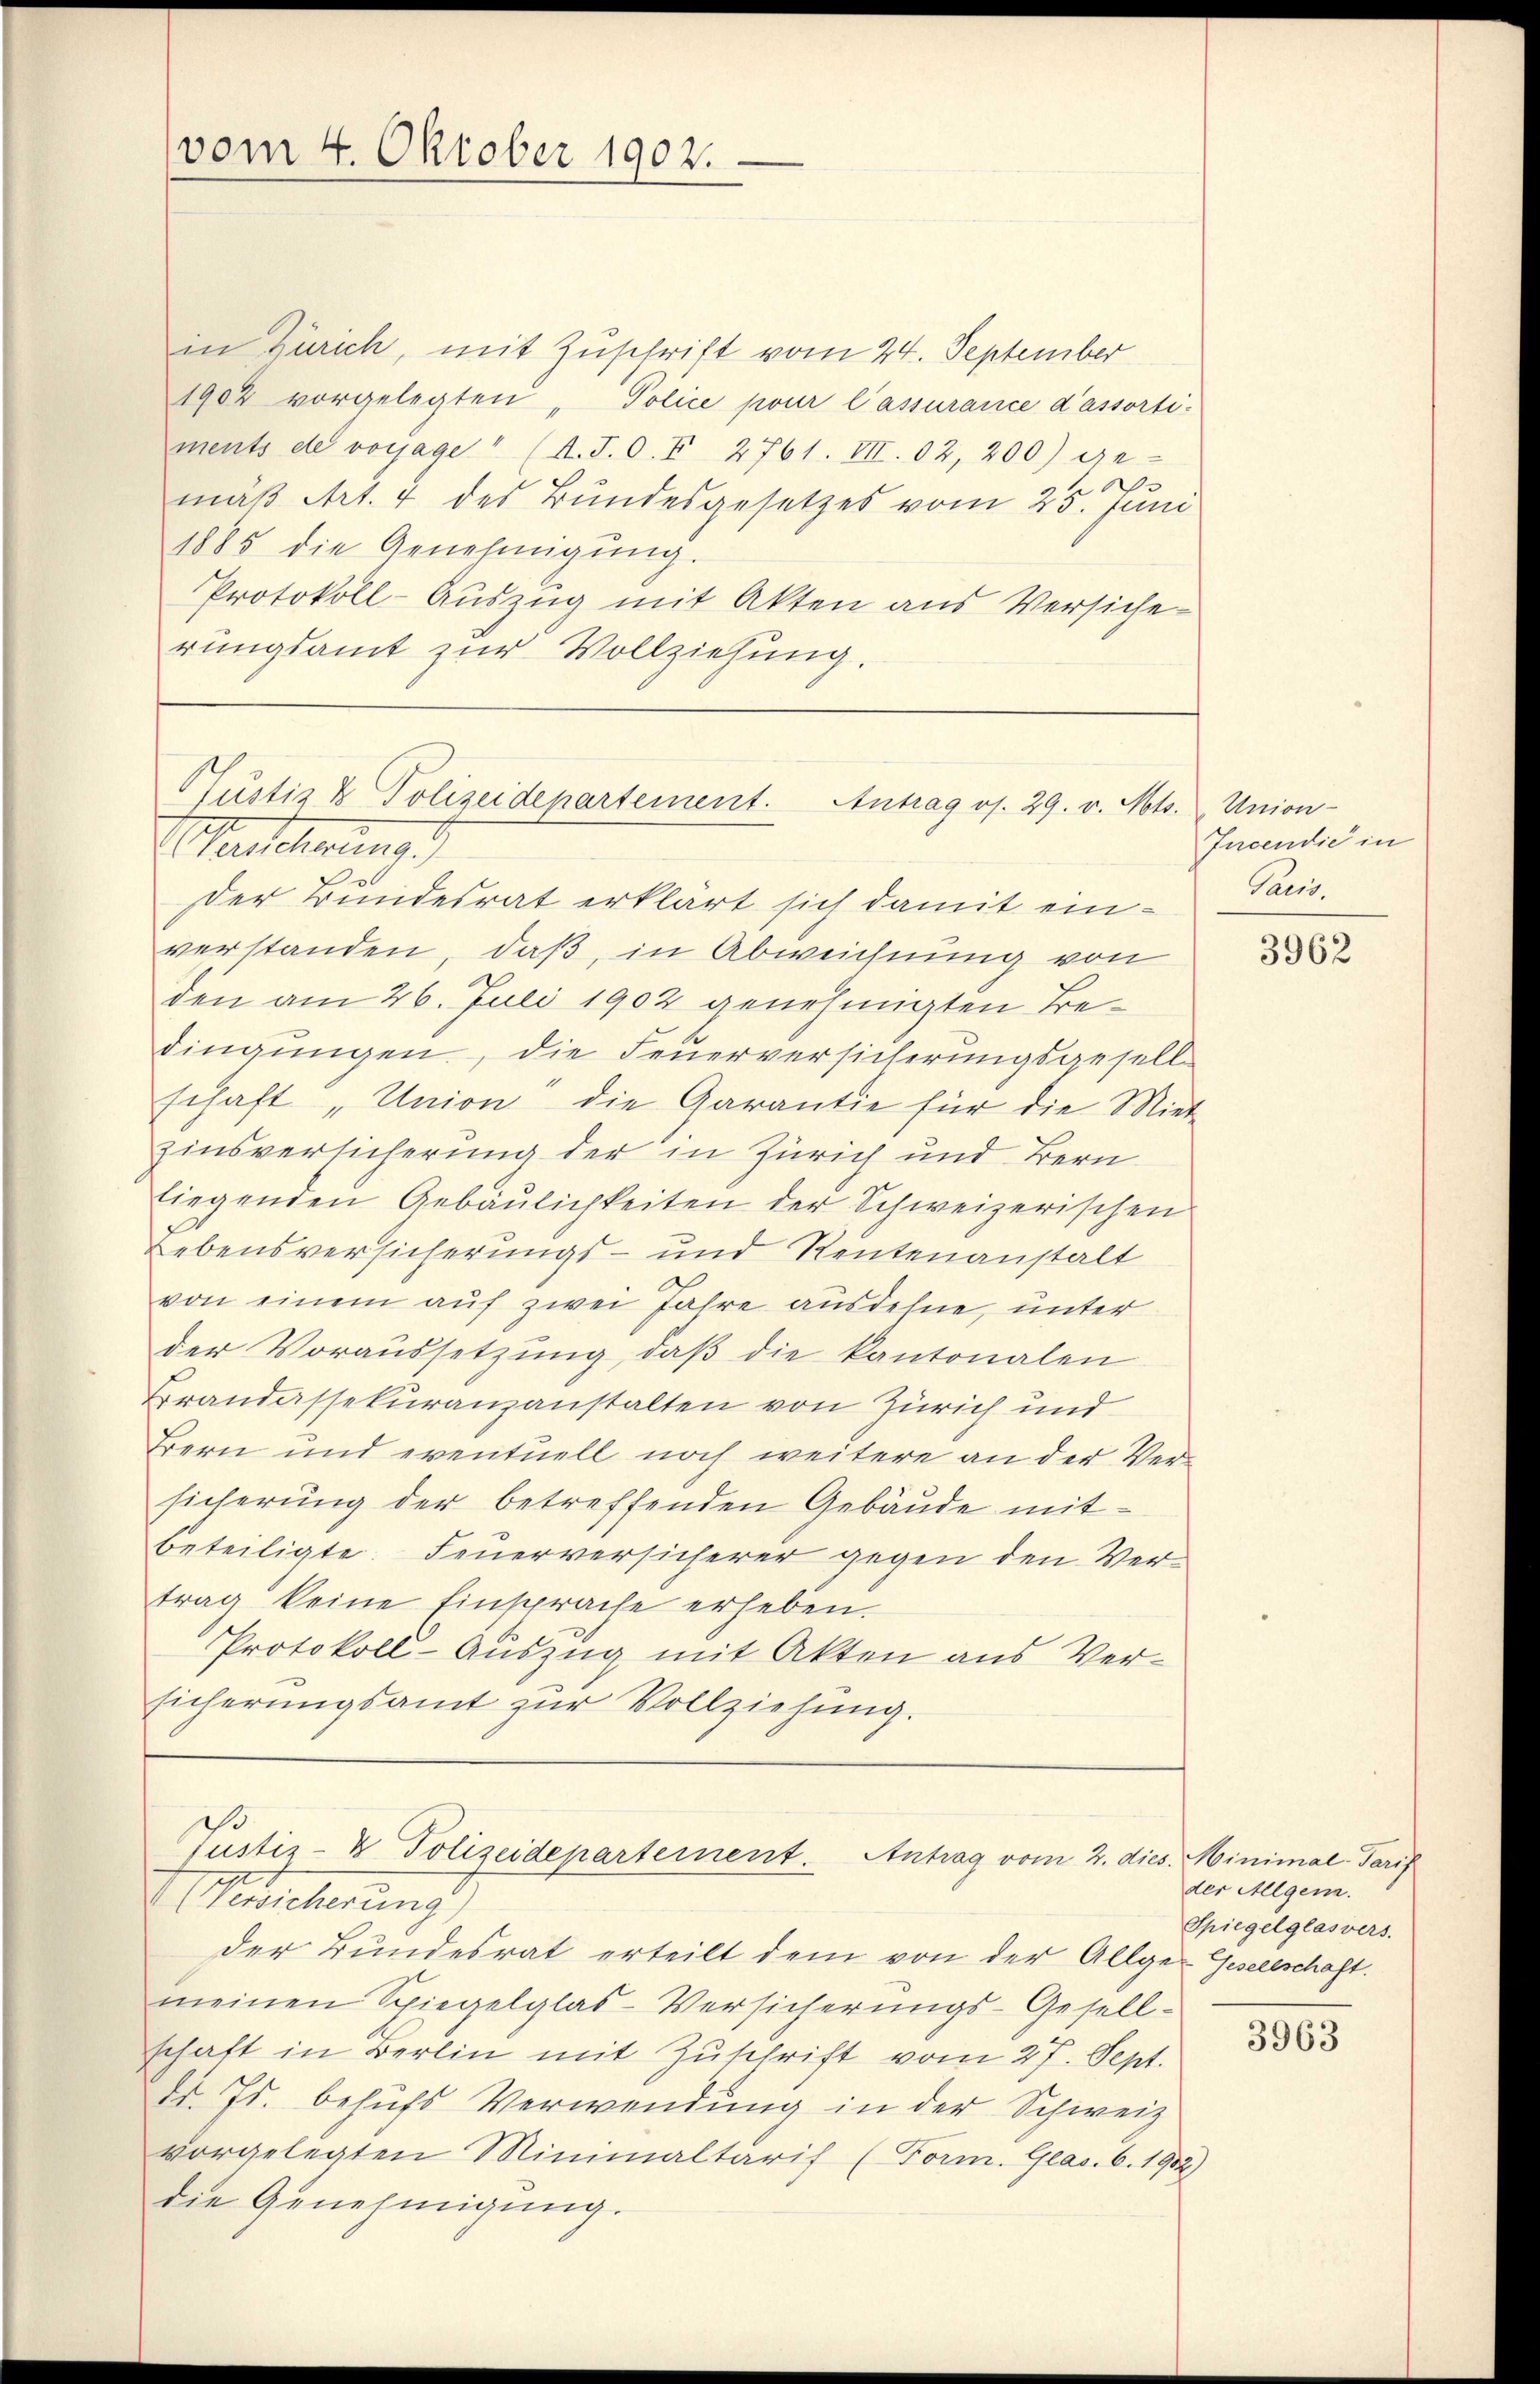
vom 4. Oktober 1902.

in Zürich, mit Zuschrift vom 24. September
1902 vorgelegten „Police pour l’assurance d’assorti-
ments der vorjage“ (A.T. O. I 2761. VII. 02, 200) ge-
mäß Art. 4 des Bundesgesetzes vom 25. Juni
1885 die Genehmigŭng.
Protokoll-Auszug mit Akten aus Versiche
rungsamt zur Vollziehung.

der Bundesrat erklärt sich damit einverstanden, daß, in Abweichnung von
den am 26. Juli 1902 genehmigten Bedingungen, die Feuerversicherungsgesellschaft „Union die Garantie für die Miet
Zinsversicherung der in Zürich und Bern
liegenden Gebäŭlichkeiten der Schweizerischen
Lebensversicherungs- und Rentenanstalt
von einem auf zwei Jahre ausdehne, unter
der Voraussetzŭng, daβ die kantonalen
Brandassekuranzanstalten von Zürich und
Bern und eventuell noch weitere an der Versicherŭng der betreffenden Gebäŭde mit-
beteiligte. Feuerversicherer gegen den Vertrag keine Einsprache erheben.
Protokoll-Auszug mit Akten aus Versicherungsamt zur Vollziehung.

Pustiz & Polizeidepartement. Antrag os. 29. v. Mts. Union-
Herischerung d

Justiz- & Polizeidepartement. Antrag vom 2. dies. Minimal-Tarif
Weicherung

Incendie in
Paris.

der Bundesrat erteilt dem von der Allge-Gesellschaft.
meinen Spiegelglas-Versicherungs-Gesell-
schaft in Berlin mit Zuschrift vom 27. Sept.
dd. Js. behufs Verwendung in der Schweiz
vorgelegten Minimaltarif (Form. Glas. 6. 1912
die Genehmigung.

3962

der Allgem.
Spiegelglasvers.

3963